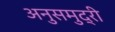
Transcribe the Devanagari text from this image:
अनुसमुद्री